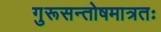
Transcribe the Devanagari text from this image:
गुरूसन्तोषमात्रतः